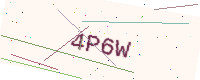
Text: 4P6W